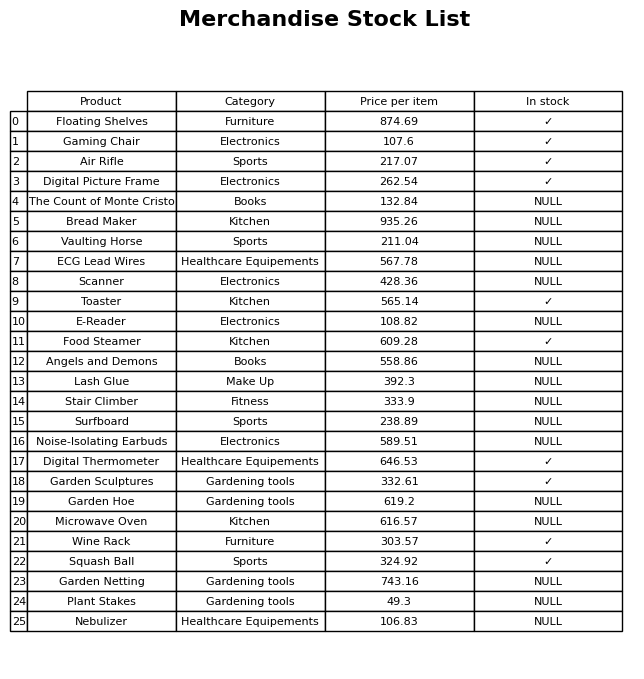
question: Which products are currently out of stock?
answer: The Count of Monte Cristo, Bread Maker, Vaulting Horse, ECG Lead Wires, Scanner, E-Reader, Angels and Demons, Lash Glue, Stair Climber, Surfboard, Noise-Isolating Earbuds, Garden Hoe, Microwave Oven, Garden Netting, Plant Stakes, Nebulizer